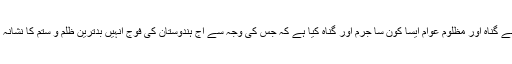
کشمیر کے بے گناہ اور مظلوم عوام ایسا کون سا جرم اور گناہ کیا ہے کہ جس کی وجہ سے آج ہندوستان کی فوج انہیں بدترین ظلم و ستم کا نشانہ بنا رہی ہے ۔